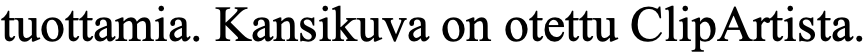
tuottamia. Kansikuva on otettu ClipArtista.